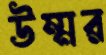
উম্মর